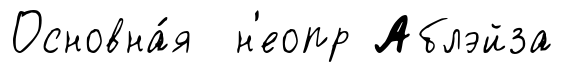
Основна́я н'еопр Аблэйза